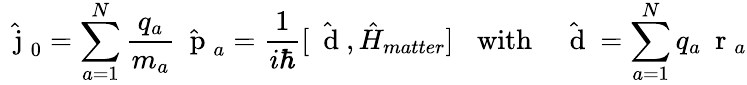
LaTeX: \hat{\mathrm{~\mathbf~j~}}_{0}=\sum_{a=1}^{N}\frac{q_{a}}{m_{a}}\hat{\mathrm{~\mathbf~p~}}_{a}=\frac{1}{i\hbar}[\hat{\mathrm{~\mathbf~d~}},\hat{H}_{matter}]\; \; \; \mathrm{with}\; \; \; \hat{\mathrm{~\mathbf~d~}}=\sum_{a=1}^{N}q_{a}\mathrm{~\mathbf~r~}_{a}